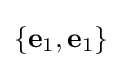
\{\mathbf {e} _{1},\mathbf {e} _{1}\}